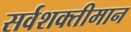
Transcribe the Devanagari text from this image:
सर्वशक्तीमान